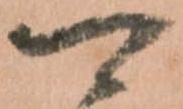
可